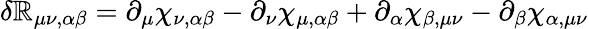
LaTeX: \delta\mathbb{R}_{\mu\nu,\alpha\beta}=\partial_{\mu}\chi_{\nu,\alpha\beta}-\partial_{\nu}\chi_{\mu,\alpha\beta}+\partial_{\alpha}\chi_{\beta,\mu\nu}-\partial_{\beta}\chi_{\alpha,\mu\nu}